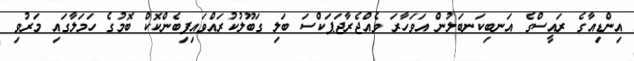
އިންޑިއާގެ ރައީސްގެ އަނބިކަނބަލުން އަވަހާރަ ވެއްޖެރާޖަޕަކްސަ ބަލި ގަބޫލުކުރައްވައިފިބެންކޮކް ބޮމުގެ ހަމަލާގައި މަރުވި